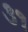
૩૧